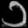
Digit: ၁